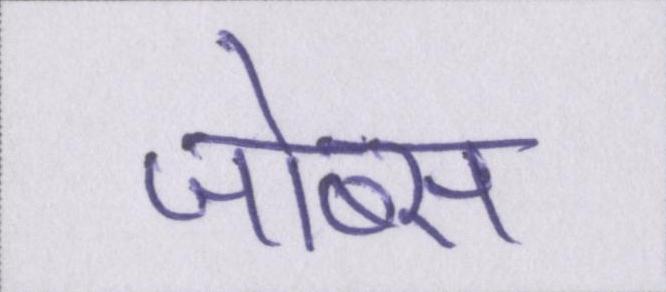
जोब्स